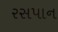
રસપાન